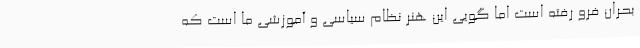
بحران فرو رفته است اما گویی این هنر نظام سیاسی و آموزشی ما است که